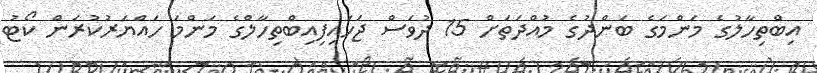
އިބްތިހާލުގެ މަންމަގެ ބަންދުގެ މުއްދަތަށް 15 ދުވަސް ޖަހައިފިއިބްތިހާލްގެ މަންމަ ހައްޔަރުކުރަން ކޯޓު